Civil Veterinary Dept. Bombay admin report 1900-1906 - 1900-1906
Year: 1900
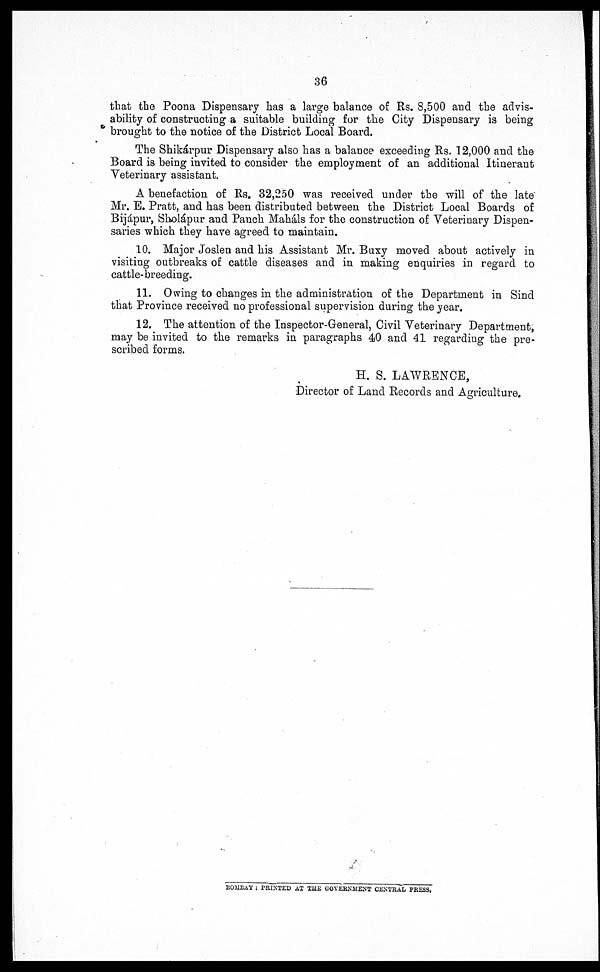
36
that the Poona Dispensary has a large balance of Rs. 8,500 and the advis-
ability of constructing a suitable building for the City Dispensary is being
brought to the notice of the District Local Board.
The Shikárpur Dispensary also has a balance exceeding Rs. 12,000 and the
Board is being invited to consider the employment of an additional Itinerant
Veterinary assistant.
A benefaction of Rs. 32,250 was received under the will of the late
Mr. E. Pratt, and has been distributed between the District Local Boards of
Bijápur, Sholápur and Panch Maháls for the construction of Veterinary Dispen-
saries which they have agreed to maintain.
10. Major Joslen and his Assistant Mr. Buxy moved about actively in
visiting outbreaks of cattle diseases and in making enquiries in regard to
cattle-breeding.
11. Owing to changes in the administration of the Department in Sind
that Province received no professional supervision during the year.
12. The attention of the Inspector-General, Civil Veterinary Department,
may be invited to the remarks in paragraphs 40 and 41 regarding the pre-
scribed forms.
H. S. LAWRENCE,
Director of Land Records and Agriculture.
BOMBAY : PRINTED AT THE GOVERNMENT CENTRAL PRESS.